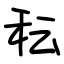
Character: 秐